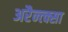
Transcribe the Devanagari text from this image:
अरैन्त्क्सा